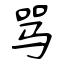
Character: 骂